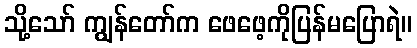
သို့သော် ကျွန်တော်က ဖေဖေ့ကိုပြန်မပြောရဲ။